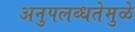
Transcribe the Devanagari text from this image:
अनुपलब्धतेमुळे